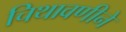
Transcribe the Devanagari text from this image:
चिथावणीने